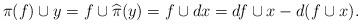
LaTeX: \begin{align*}\pi(f) \cup y = f \cup \widehat{\pi}(y) = f \cup dx = df \cup x - d(f \cup x).\end{align*}